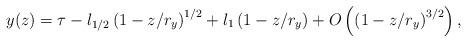
LaTeX: \begin{align*}y(z) = \tau - l_{1/2} \left(1- z/r_{y}\right)^{1/2} +l_{1} \left(1- z/r_{y}\right)+ O\left(\left(1- z/r_{y}\right)^{3/2}\right),\end{align*}